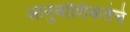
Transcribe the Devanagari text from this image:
आनुवांशिकतेचे